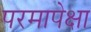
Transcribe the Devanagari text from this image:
परमापेक्षा